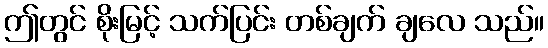
ဤတွင် စိုးမြင့် သက်ပြင်း တစ်ချက် ချလေ သည်။